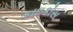
કાઇકોસ